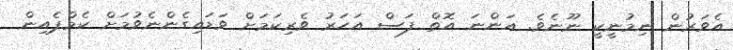
އެވަރުން ނިމުނީކީ ނޫނެވެ. އަންނަ އޮތް ފަސް އަހަރު ވެރިކަމަށް ވަޑައިގެންނެވުމަށް ކެމްޕެއިން